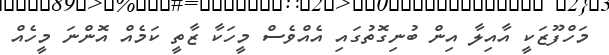
މަހްފޫޒަކީ އާއިލާ އިން ބުނިގޮތުގައި އެއްވެސް މީހަކާ ޒާތީ ކަމެއް އޮންނަ މީހެއް